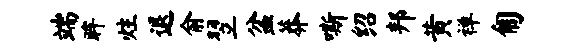
端眸炷退俞翌盆莽嘶绍邦黄禅匍